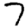
Digit: 7